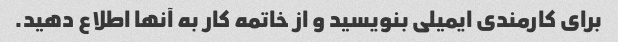
برای کارمندی ایمیلی بنویسید و از خاتمه کار به آنها اطلاع دهید.